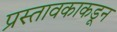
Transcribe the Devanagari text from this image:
प्रस्तावकाकडून